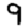
Digit: 9